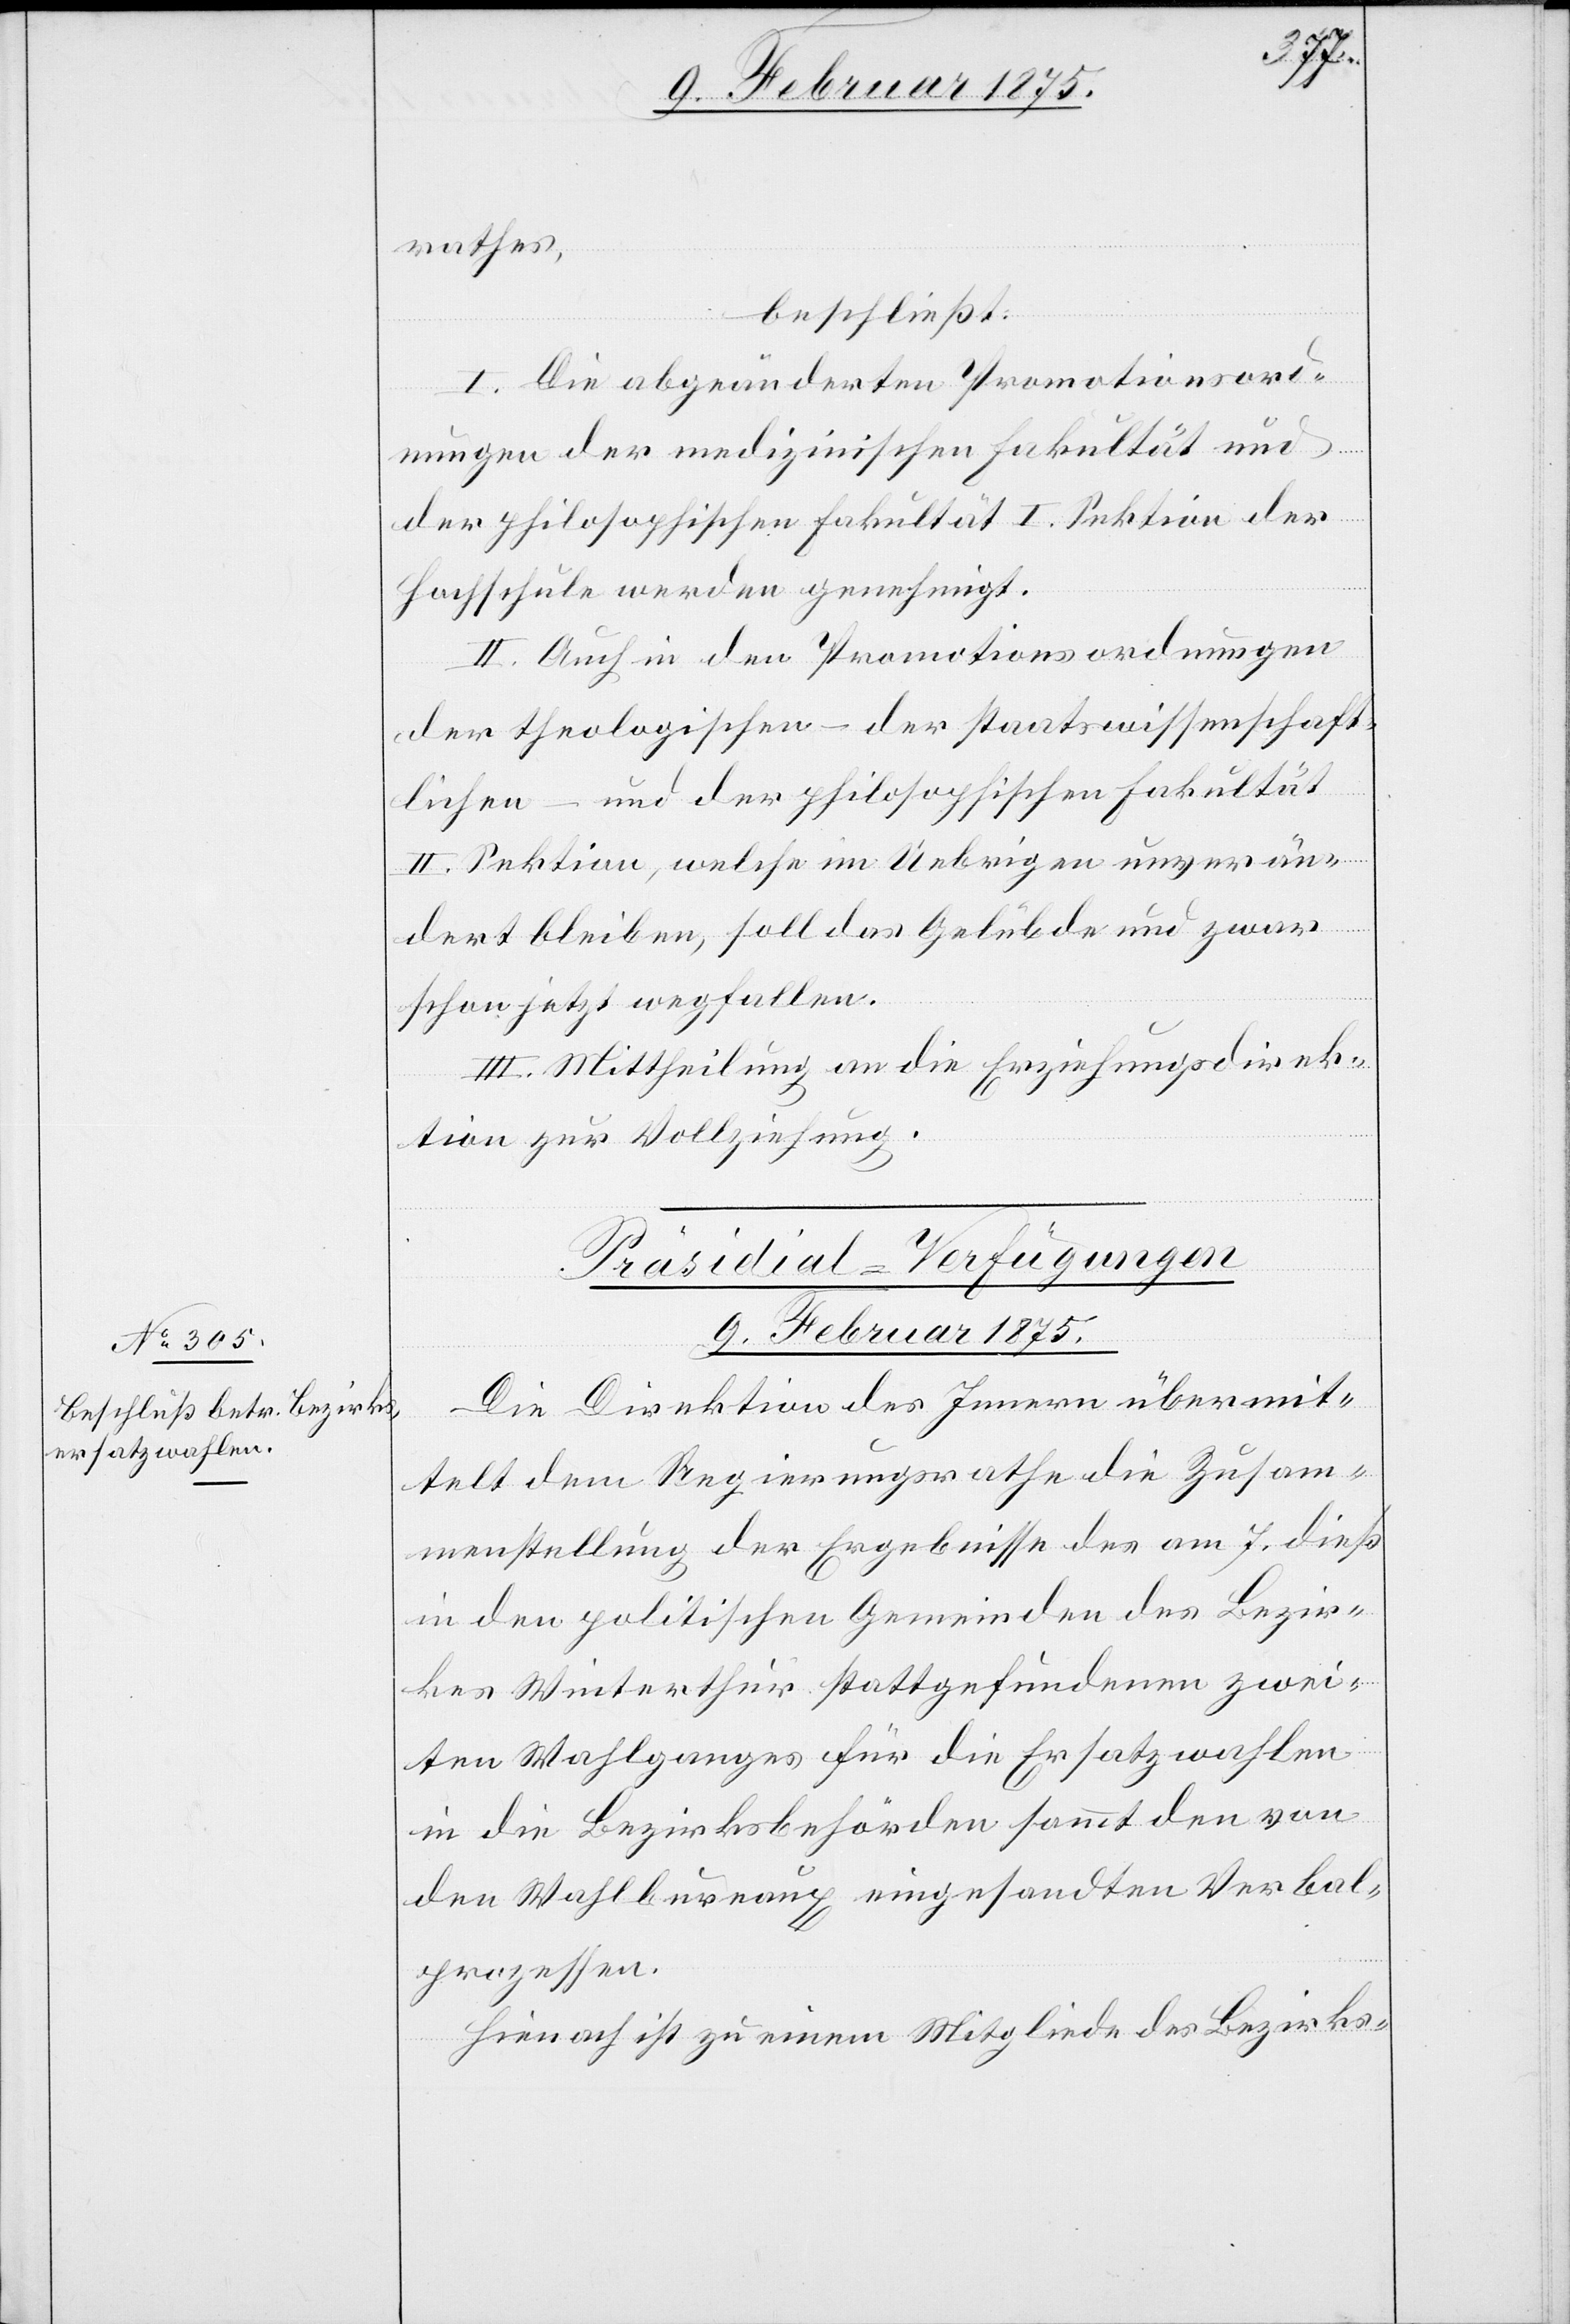
9. Februar 1875.
rathes,
beschließt:
I. Die abgeänderten Promotionsord¬
nungen der medizinischen Fakultät und
der philosophischen Fakultät I. Sektion der
Hochschule werden genehmigt.
II. Auch in den Promotionsordnungen
der theologischen –der staatswissenschaft¬
lichen – und der philosophischen Fakultät
II. Sektion, welche im Uebrigen unverän¬
dert bleiben, soll das Gelübde und zwar
schon jetzt wegfallen.
III. Mittheilung an die Erziehungsdirek¬
tion zur Vollziehung.
Präsidial-Verfügungen
Die Direktion des Innern übermit¬
telt dem Regierungsrathe die Zusam¬
menstellung der Ergebnisse des am 7. dieß
in den politischen Gemeinden des Bezir¬
kes Winterthur stattgefundenen zwei¬
ten Wahlganges für die Ersatzwahlen
in die Bezirksbehörden sammt den von
den Wahlbureaux eingesandten Verbal¬
prozessen.
Hienach ist zu einem Mitgliede des Bezirks-